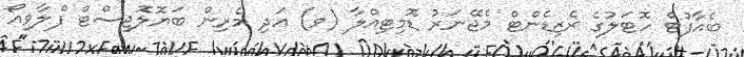
ބެއާފުޓް ހޮޓަލުގެ ރެޒިޑެންޓް މެޖޭނަރު ޑޮމިޓިއްލާ (ވ) އަދި މެރިން ބަޔޮލޮޖިސްޓް ފްލާވިއޯ